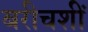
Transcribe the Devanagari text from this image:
बरीचशीं